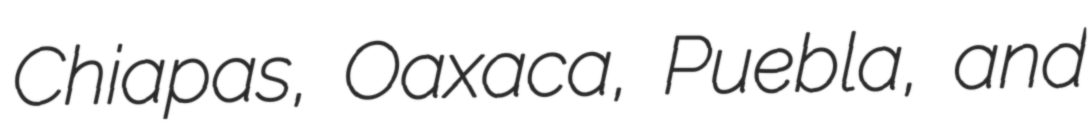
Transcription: Chiapas, Oaxaca, Puebla, and